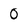
Character: 0